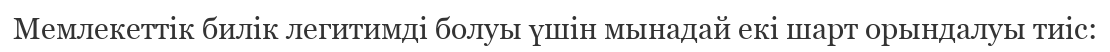
Мемлекеттік билік легитимді болуы үшін мынадай екі шарт орындалуы тиіс: